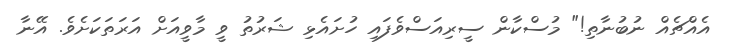
އެއްޗެއް ނުބުނާތި!" މުސްކާން ސީރިއަސްވެފައި ހުށައެޅި ޝަރުތު ވީ މާވީއަށް އަރަތަކަށެވެ. އޭނާ